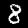
Digit: 8